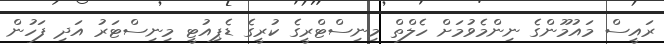
ރައީސް މައުމޫންގެ ނިންމެވުމަށް ހެލްތް މިނިސްޓްރީގެ ކުރީގެ ޑެޕިއުޓީ މިނިސްޓަރު އަދި ފަހުން